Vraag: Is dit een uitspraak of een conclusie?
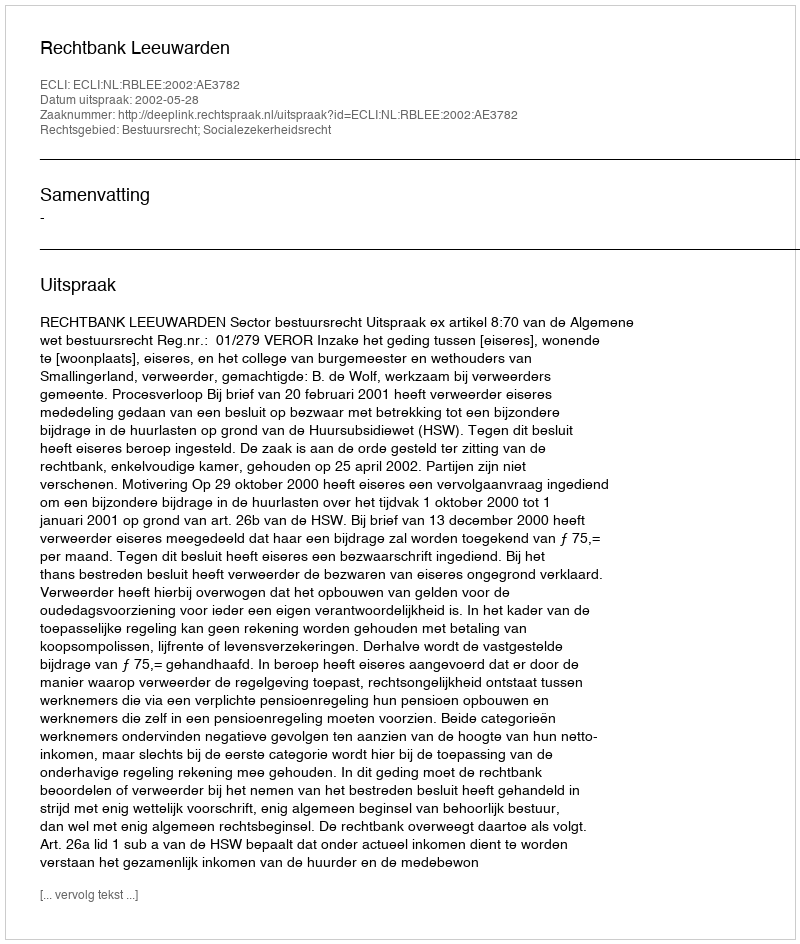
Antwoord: Uitspraak